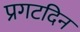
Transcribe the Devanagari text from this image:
प्रगटदिन